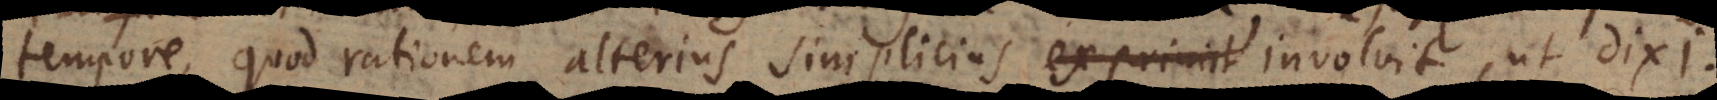
tempore, quod rationem alterius simplicius exprimit involvit, ut dix